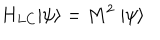
LaTeX: H _ { L C } | \psi \rangle = M ^ { 2 } \; | \psi \rangle